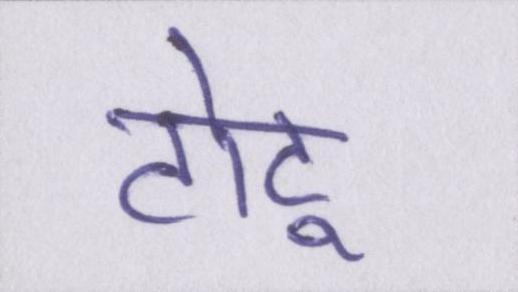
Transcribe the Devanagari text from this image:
टोटू